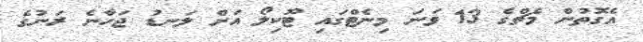
އެގޮތުން މެޗްގެ 13 ވަނަ މިނެޓްގައި ޓޫކިލޯ އަށް ލަނޑު ޖަހާނެ ރަނުގެ